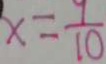
x = \frac { 9 } { 1 0 }